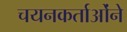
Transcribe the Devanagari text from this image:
चयनकर्ताओंने